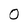
Character: 0